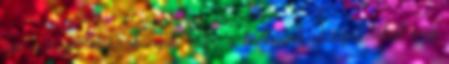
jön a nagy visszakanyar hogy a bulbusok vizsgálatából meg